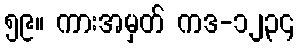
၅၉။ ကားအမှတ် ကဒ-၁၂၃၄